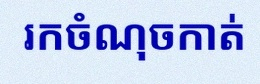
រកចំណុចកាត់